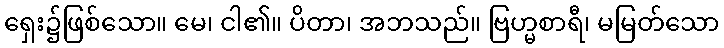
ရှေး၌ဖြစ်သော။ မေ၊ ငါ၏။ ပိတာ၊ အဘသည်။ ဗြဟ္မစာရီ၊ မမြတ်သော